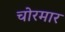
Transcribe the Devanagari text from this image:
चोरमार